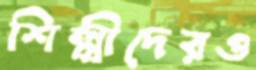
শিল্পীদেরও